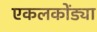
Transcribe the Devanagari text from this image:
एकलकोंड्या